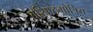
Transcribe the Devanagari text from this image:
वसिष्ठगोत्रिय